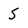
Character: 5